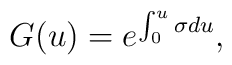
G(u) = e^{\int_0^u \sigma du},